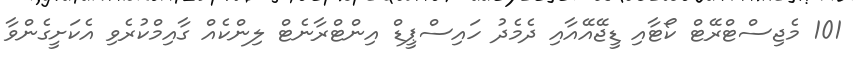
101 މެޖިސްޓްރޭޓް ކޯޓާއި ޑީޖޭއޭއާއި ދެމެދު ހައިސްޕީޑް އިންޓްރާނެޓް ލިންކެއް ގާއިމްކުރެވި އެކަށީގެންވާ